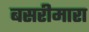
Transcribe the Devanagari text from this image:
बसरीमारा